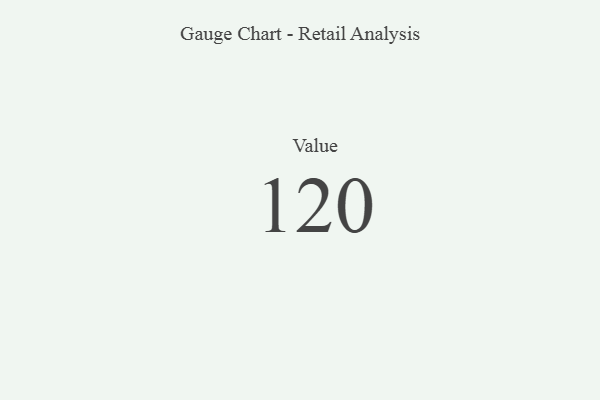
{"axis": {"x": "Metric", "y": "Value"}, "legend": [""], "data": [{"x": "Value", "y": 120, "type": ""}]}